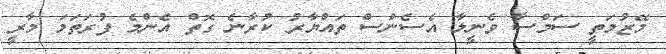
މޭޒުމަތީ ސަމްސާ ވެނީލާ އެސެންސް ތައްޔާރު ކުރާނެ ގޮތް އެންމެ ފުރަތަމަ މާރީ